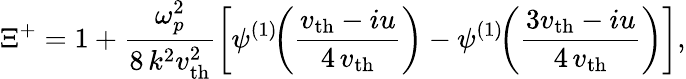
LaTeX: \Xi^{+}=1+\frac{\omega_{p}^{2}}{8\, k^{2}v_{\mathrm{th}}^{2}}\left[\psi^{(1)}\! \! \left(\frac{v_{\mathrm{th}}-iu}{4\, v_{\mathrm{th}}}\right)-\psi^{(1)}\! \! \left(\frac{3v_{\mathrm{th}}-iu}{4\, v_{\mathrm{th}}}\right)\right],